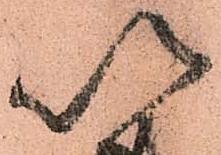
以